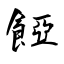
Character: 𩜄